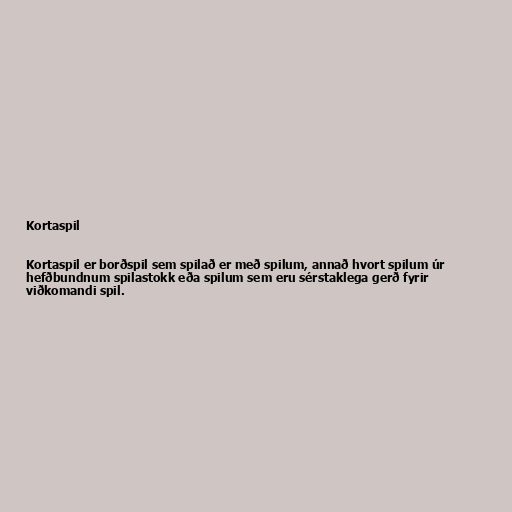
Kortaspil

Kortaspil er borðspil sem spilað er með spilum, annað hvort spilum úr
hefðbundnum spilastokk eða spilum sem eru sérstaklega gerð fyrir
viðkomandi spil.